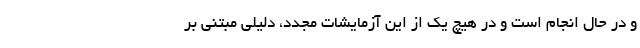
و در حال انجام است و در هیچ یک از این آزمایشات مجدد، دلیلی مبتنی بر